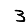
Digit: 3